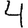
Digit: 4